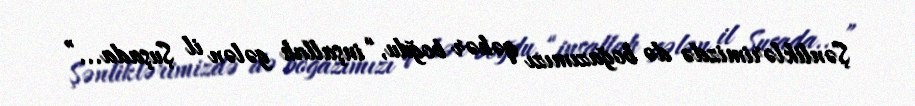
Şənliklərimizdə də boğazımızı qəhər boğdu, “inşallah gələn il Şuşada...”